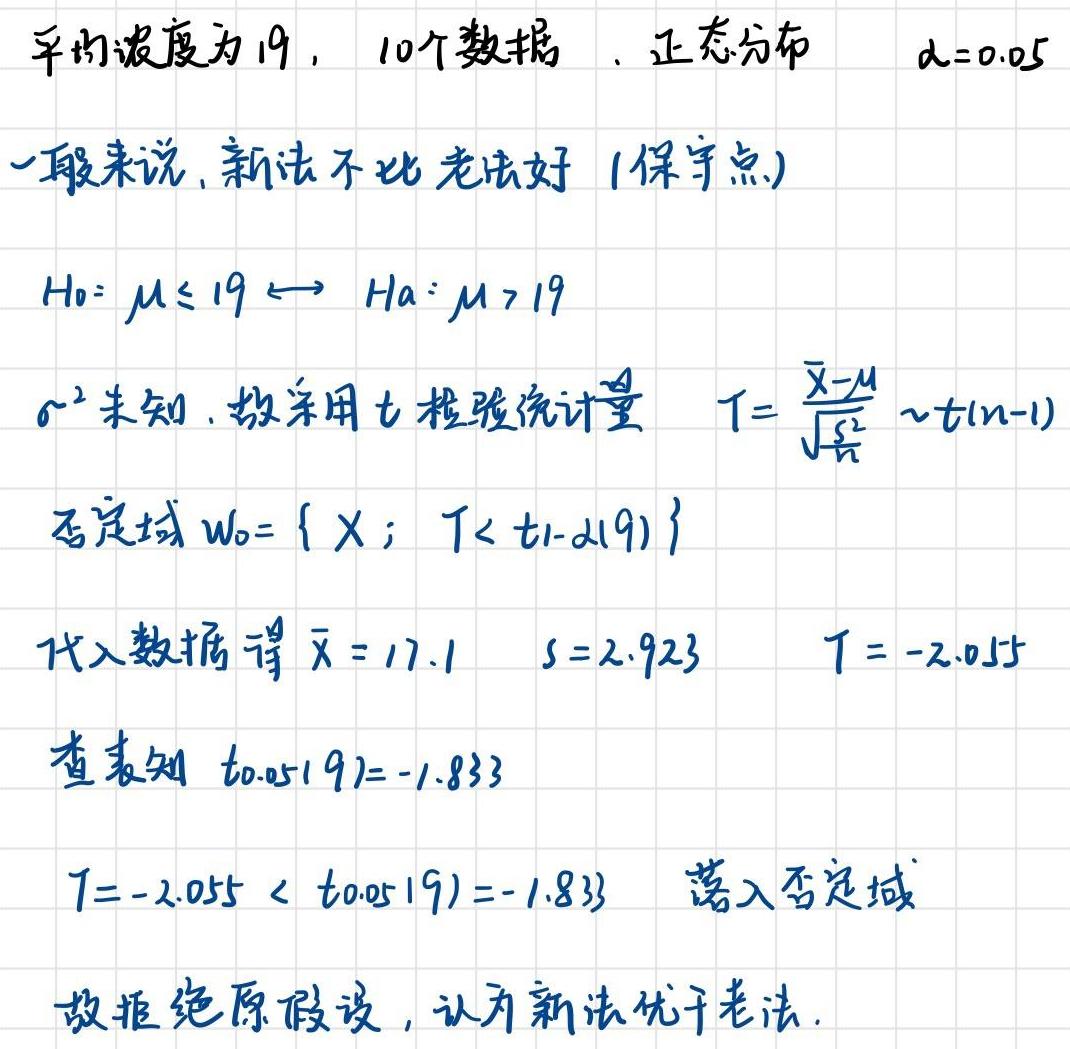
平均浓度为19，10个数据. 正态分布 $\alpha = 0.05$

一般来说，新法不比老法好 (保守点)

$H_0: \mu \leq 19 \longleftrightarrow H_a: \mu > 19$

$\sigma^2$ 未知，故采用 $t$ 检验统计量 $T = \frac{\overline{X}-\mu}{\sqrt{\frac{S^2}{n}}} \sim t(n - 1)$

否定域 $W_0 = \{ X; T < t_{1-\alpha}(9) \}$

代入数据得 $\overline{x} = 17.1$ $s = 2.923$ $T = -2.055$

查表知 $t_{0.05}(9)= -1.833$

$T = -2.055 < t_{0.05}(9)= -1.833$ 落入否定域

故拒绝原假设，认为新法优于老法.